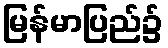
မြန်မာပြည်၌